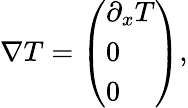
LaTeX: \nabla T=\left(\begin{array}{l}{\partial_{x}T}\\ {0}\\ {0}\end{array}\right),